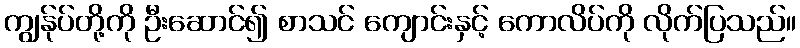
ကျွန်ုပ်တို့ကို ဦးဆောင်၍ စာသင် ကျောင်းနှင့် ကောလိပ်ကို လိုက်ပြသည်။